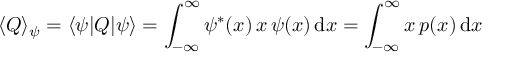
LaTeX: \langle Q \rangle _ { \psi } = \langle \psi | Q | \psi \rangle = \int _ { - \infty } ^ { \infty } \psi ^ { \ast } ( x ) \, x \, \psi ( x ) \, \mathrm { d } x = \int _ { - \infty } ^ { \infty } x \, p ( x ) \, \mathrm { d } x